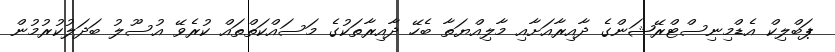
ޕަބްލިކް އެޑްމިނިސްޓްރޭޝަންގެ ދާއިރާއަށާއި މާލިއްޔަތާ ބެހޭ ދާއިރާތަކުގެ މަސައްކަތްތައް ކުރެވޭ އުސޫލު ބަދަލުކުރުމުން